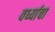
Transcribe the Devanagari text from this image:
वर्ध्याचा